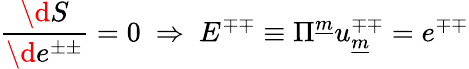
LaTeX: {\frac{\d S}{\d e^{\pm\pm}}}=0~\Rightarrow~E^{\mp\mp}\equiv\Pi^{\underline{{{m}}}}u_{\underline{{{m}}}}^{\mp\mp}=e^{\mp\mp}